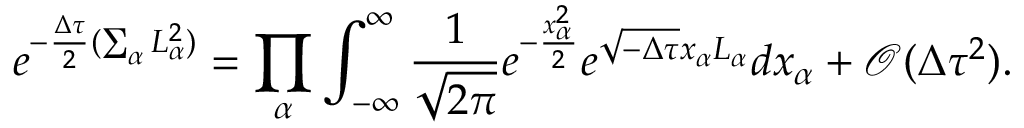
e ^ { - \frac { \Delta \tau } { 2 } ( \sum _ { \alpha } L _ { \alpha } ^ { 2 } ) } = \prod _ { \alpha } { \int _ { - \infty } ^ { \infty } \frac { 1 } { \sqrt { 2 \pi } } e ^ { - \frac { x _ { \alpha } ^ { 2 } } { 2 } } e ^ { \sqrt { - \Delta \tau } x _ { \alpha } L _ { \alpha } } d x _ { \alpha } } + \mathcal { O } ( \Delta \tau ^ { 2 } ) .